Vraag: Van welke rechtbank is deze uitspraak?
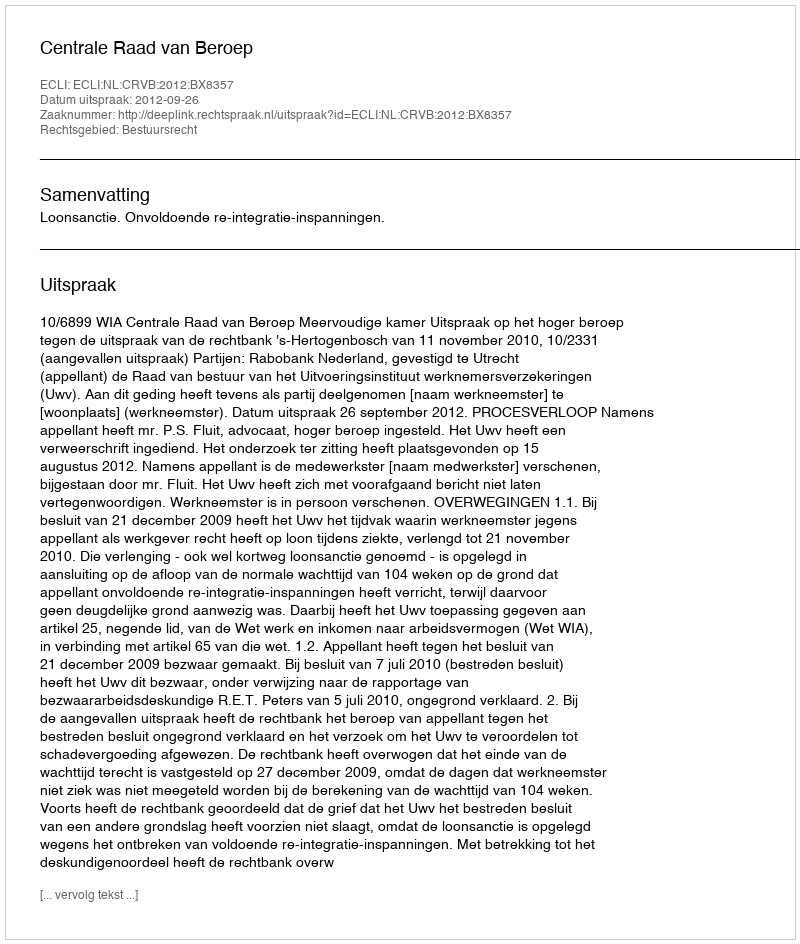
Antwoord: Centrale Raad van Beroep